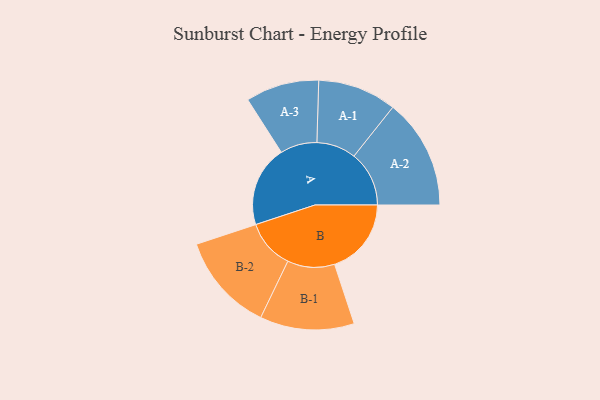
{"axis": {"x": "Segment", "y": "Value"}, "legend": ["", "A", "B"], "data": [{"x": "A", "y": 397, "type": ""}, {"x": "B", "y": 376, "type": ""}, {"x": "A-1", "y": 193, "type": "A"}, {"x": "A-2", "y": 270, "type": "A"}, {"x": "A-3", "y": 180, "type": "A"}, {"x": "B-1", "y": 231, "type": "B"}, {"x": "B-2", "y": 241, "type": "B"}]}